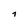
Character: i